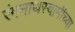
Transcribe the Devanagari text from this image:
रंगनाथस्वामीच्या